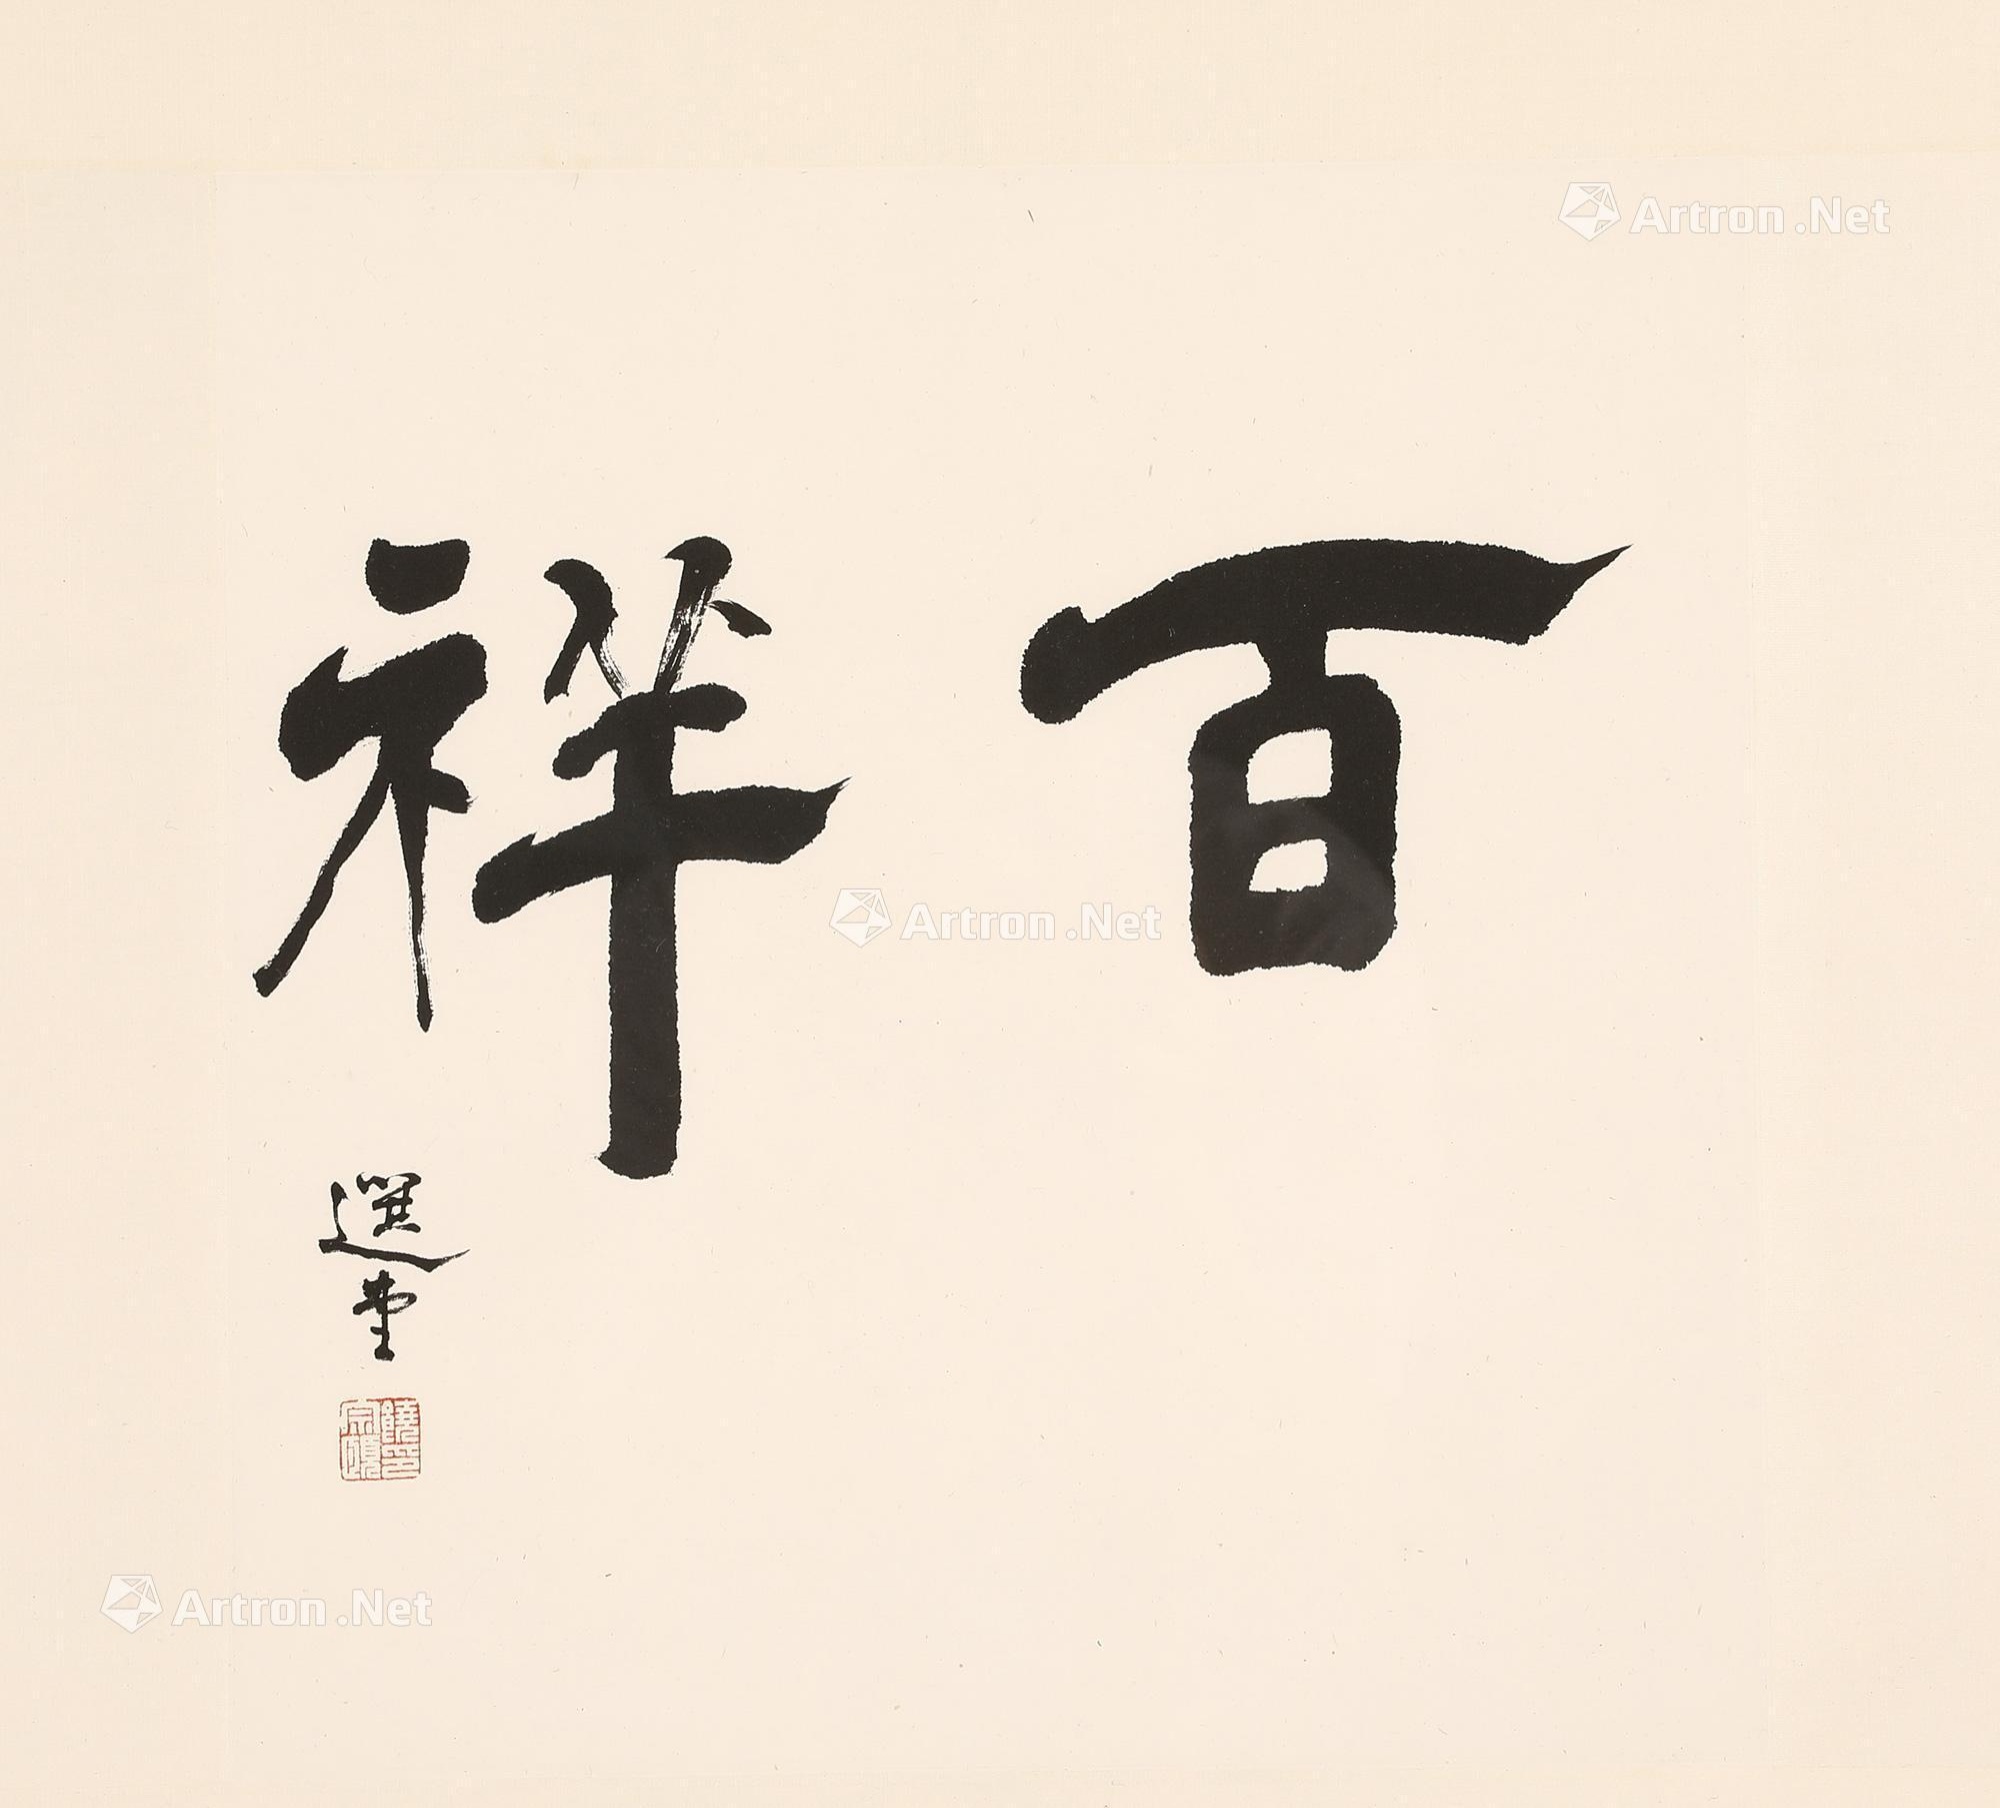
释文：百祥。选堂。